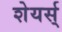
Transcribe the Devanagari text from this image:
शेयर्स्